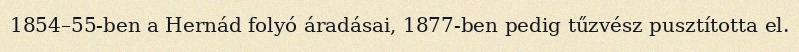
1854–55-ben a Hernád folyó áradásai, 1877-ben pedig tűzvész pusztította el.